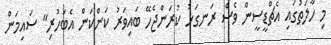
މި ހާލަތުގައި އެޗްޑީސީން ވެސް ރަނގަޅު ކުރަންޖެހޭ ބައިވަރު ކަންކަން އެބަހުރި" ސައިމަން